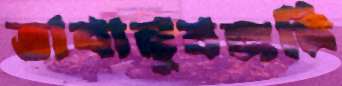
ভাবানুষঙ্গটি